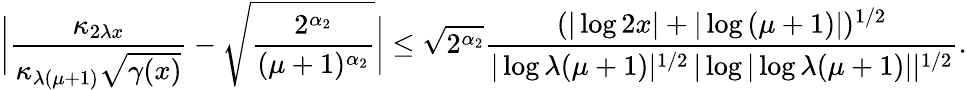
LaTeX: \bigg|\frac{\kappa_{2\lambda x}}{\kappa_{\lambda(\mu+1)}\sqrt{\gamma(x)}}-\sqrt{\frac{2^{\alpha_{2}}}{(\mu+1)^{\alpha_{2}}}}\bigg|\le\sqrt{2^{\alpha_{2}}}\frac{(|\log{2x}|+|\log{(\mu+1)}|)^{1/2}}{|\log{\lambda(\mu+1)}|^{1/2}\, |\log{|\log{\lambda(\mu+1)}|}|^{1/2}}.